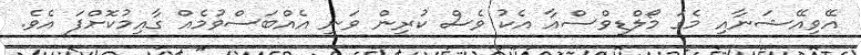
އޭވިއޭޝަނާއި މެގަ މޯލްޑިވްސްއާ އެކު ވެސް ކުރިން ވަނީ އެއްބަސްވުމެއް ގާއިމުކޮށްފަ އެވެ.